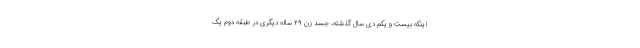
اینکه بیست و یکم دی سال گذشته، جسد زن ۲۹ ساله دیگری در طبقه دوم یک